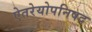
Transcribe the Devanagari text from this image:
ऐतरेयोपनिषद